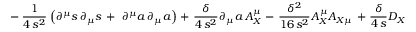
- \ \frac { 1 } { 4 \, s ^ { 2 } } \: \left( \partial ^ { \mu } s \, \partial _ { \mu } s \, + \ \partial ^ { \mu } a \, \partial _ { \mu } a \right) \ + \ \frac { \delta } { 4 \, s ^ { 2 } } \: \partial _ { \mu } a \, A _ { X } ^ { \mu } \ - \ \frac { \delta ^ { 2 } } { 1 6 \, s ^ { 2 } } \: A _ { X } ^ { \mu } A _ { X \mu } \ + \ \frac { \delta } { 4 \, s } \: D _ { X }